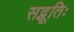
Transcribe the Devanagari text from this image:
सद्भूतिः